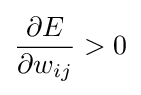
{\frac {\partial E}{\partial w_{ij}}}>0